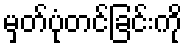
မှတ်ပုံတင်ခြင်းကို